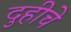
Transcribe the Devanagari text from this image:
दुहीचे